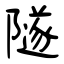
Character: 隧